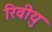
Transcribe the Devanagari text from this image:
रिवीयु